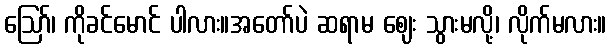
ဪ၊ ကိုခင်မောင် ပါလား။အတော်ပဲ ဆရာမ ဈေး သွားမလို့၊ လိုက်မလား။